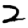
Digit: 2